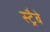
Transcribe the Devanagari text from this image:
स्ट्रैबे